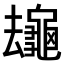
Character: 𪚸